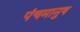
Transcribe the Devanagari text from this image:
पंचमानुष